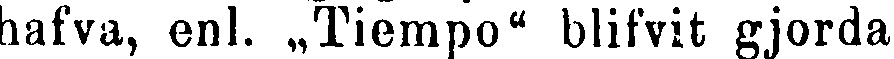
hafva, enl. „Tiempo" blifvit gjorda